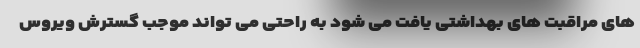
های مراقبت های بهداشتی یافت می شود به راحتی می تواند موجب گسترش ویروس